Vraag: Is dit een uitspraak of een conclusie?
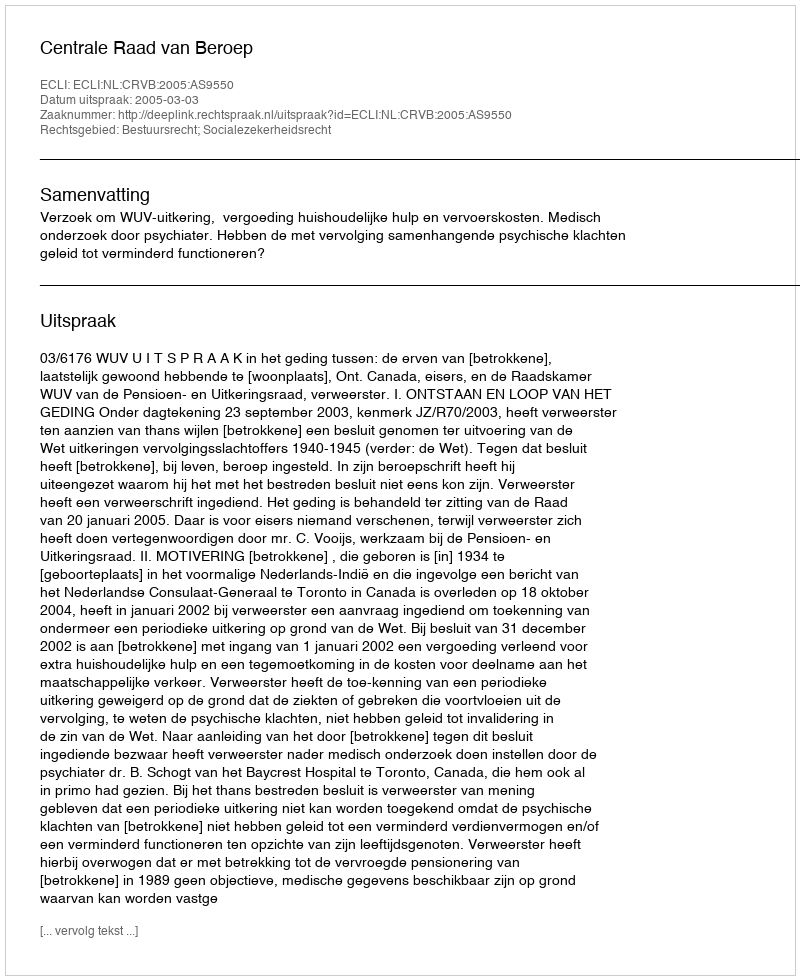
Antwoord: Uitspraak